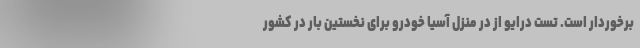
برخوردار است. تست درایو از در منزل آسیا خودرو برای نخستین بار در کشور